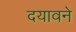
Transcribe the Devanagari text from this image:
दयावने